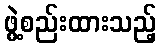
ဖွဲ့စည်းထားသည့်